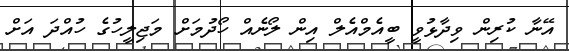
އޭނާ ކުރިން ވިދާޅުވީ ބީއެމްއެލް އިން ލޯނެއް ހޯދުމަށް މަޖިލީހުގެ ހުއްދަ އަށް